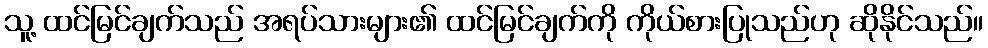
သူ့ ထင်မြင်ချက်သည် အရပ်သားများ၏ ထင်မြင်ချက်ကို ကိုယ်စားပြုသည်ဟု ဆိုနိုင်သည်။